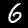
Label: 6